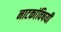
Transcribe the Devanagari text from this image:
नाटकांविषयी